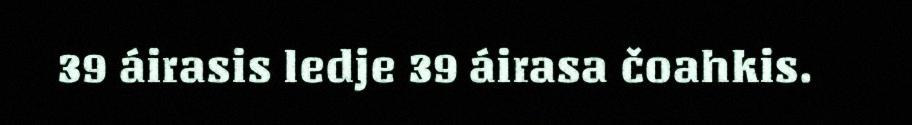
39 áirasis ledje 39 áirasa čoahkis.